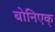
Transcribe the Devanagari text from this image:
बोनिएक्